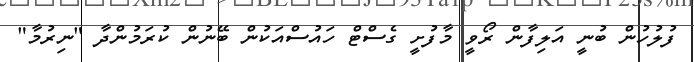
ފުލުހުން ބުނީ އަލިފާން ރޯވީ މާފުށީ ގެސްޓް ހައުސްއަކުން ބޭނުން ކުރަމުންދާ "ނިރުމާ"